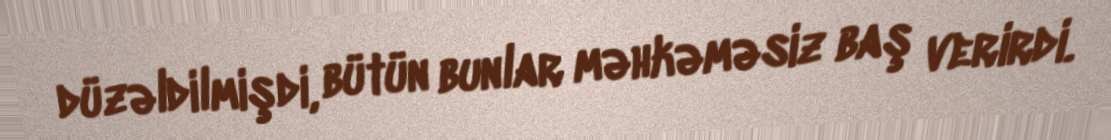
düzəldilmişdi, bütün bunlar məhkəməsiz baş verirdi.